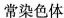
常染色体